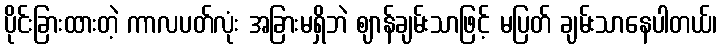
ပိုင်းခြားထားတဲ့ ကာလပတ်လုံး အခြားမရှိဘဲ ဈာန်ချမ်းသာဖြင့် မပြတ် ချမ်းသာနေပါတယ်၊